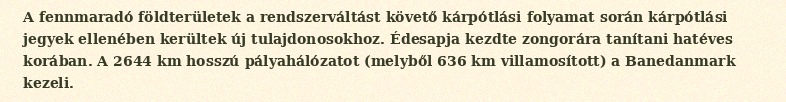
A fennmaradó földterületek a rendszerváltást követő kárpótlási folyamat során kárpótlási jegyek ellenében kerültek új tulajdonosokhoz. Édesapja kezdte zongorára tanítani hatéves korában. A 2644 km hosszú pályahálózatot (melyből 636 km villamosított) a Banedanmark kezeli.